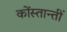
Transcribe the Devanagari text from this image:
कोंस्तान्तीं